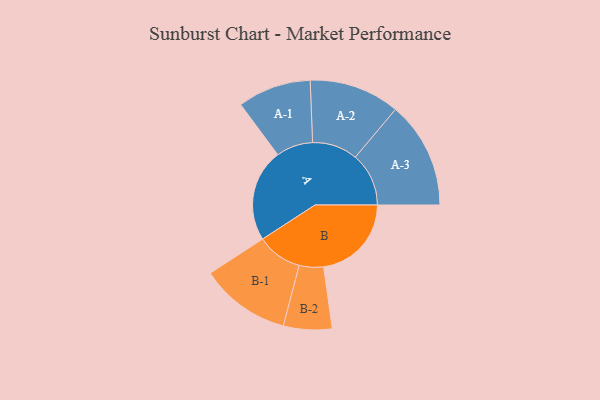
{"axis": {"x": "Segment", "y": "Value"}, "legend": ["", "A", "B"], "data": [{"x": "A", "y": 466, "type": ""}, {"x": "B", "y": 442, "type": ""}, {"x": "A-1", "y": 185, "type": "A"}, {"x": "A-2", "y": 228, "type": "A"}, {"x": "A-3", "y": 269, "type": "A"}, {"x": "B-1", "y": 228, "type": "B"}, {"x": "B-2", "y": 122, "type": "B"}]}